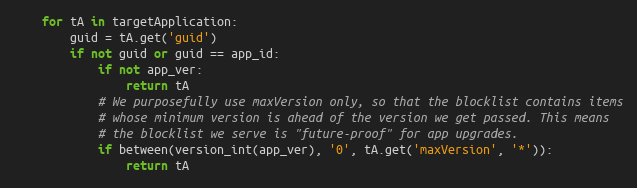
Language: Python
    for tA in targetApplication:
        guid = tA.get('guid')
        if not guid or guid == app_id:
            if not app_ver:
                return tA
            # We purposefully use maxVersion only, so that the blocklist contains items
            # whose minimum version is ahead of the version we get passed. This means
            # the blocklist we serve is "future-proof" for app upgrades.
            if between(version_int(app_ver), '0', tA.get('maxVersion', '*')):
                return tA